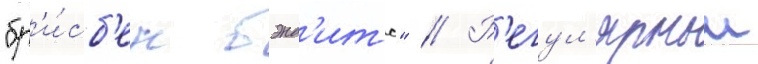
"бр'и́сб'ен бэнд'итс" // Р'егул'ярныи